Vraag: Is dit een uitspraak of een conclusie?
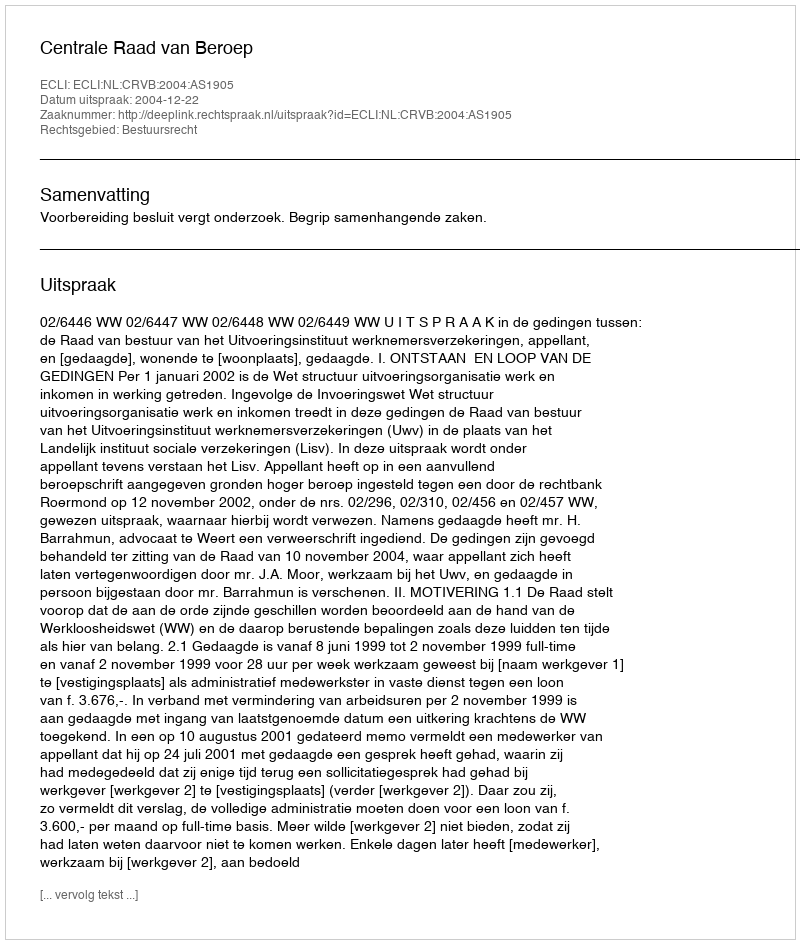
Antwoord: Uitspraak